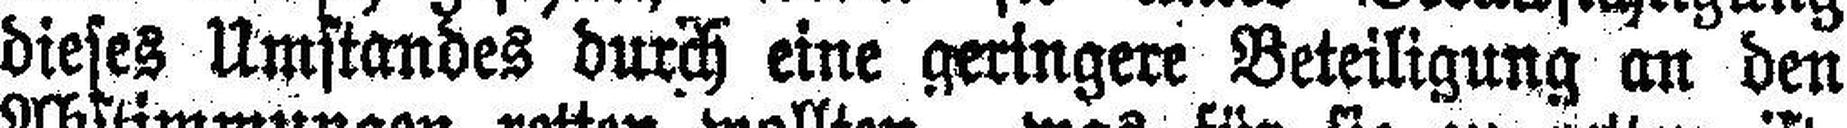
dieses Umstandes durch eine geringere Beteiligung an den